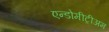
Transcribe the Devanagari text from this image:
एन्डोमीट्रीअम